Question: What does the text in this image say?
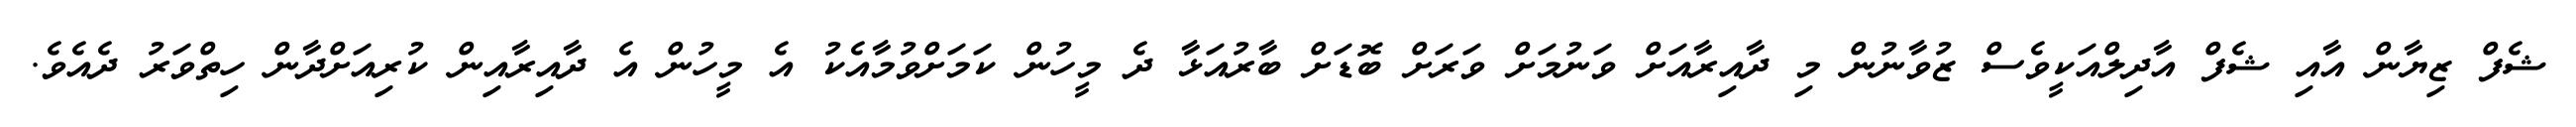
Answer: ޝެފް ޒިޔާން އާއި ޝެފް އާދިލްއަކީވެސް ޒުވާނުން މި ދާއިރާއަށް ވަނުމަށް ވަރަށް ބޮޑަށް ބާރުއަޅާ ދެ މީހުން ކަމަށްވުމާއެކު އެ މީހުން އެ ދާއިރާއިން ކުރިއަށްދާން ހިތްވަރު ދެއެވެ.